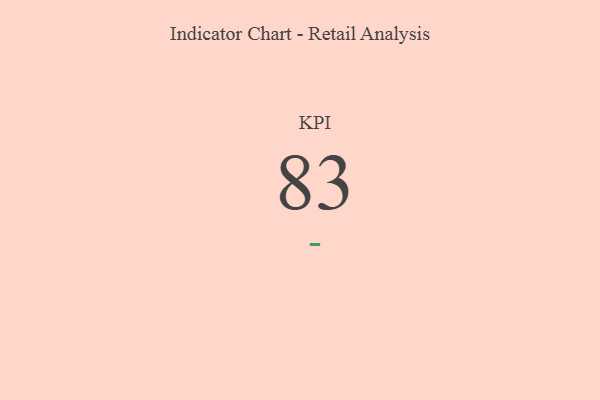
{"axis": {"x": "KPI", "y": "Value"}, "legend": [""], "data": [{"x": "KPI", "y": 83, "type": ""}]}